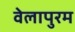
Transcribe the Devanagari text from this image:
वेलापुरम